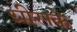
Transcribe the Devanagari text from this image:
ग्रीसके